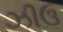
ઝીઉ